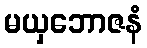
မယှဘောဇနံ